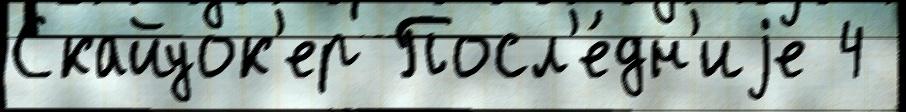
Скайуок'ер Посл'е́дн'иjе 4